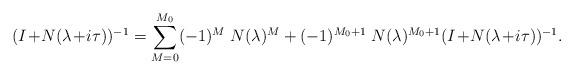
LaTeX: \begin{align*} (I \!+\! N(\lambda \!+\! i \tau))^{-1} = \sum_{M = 0}^{M_0} (-1)^M \; N(\lambda)^M+ (-1)^{M_0 + 1} \; N(\lambda)^{M_0 + 1} (I\!+\! N(\lambda \!+\! i \tau))^{-1}. \end{align*}